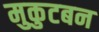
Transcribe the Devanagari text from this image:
मुकुटबन